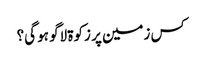
کس زمین‌ پر زکوۃ لاگو ہو گی؟